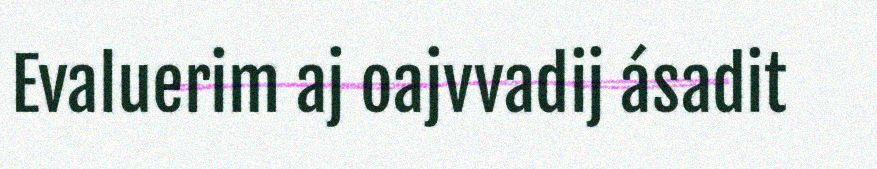
Evaluerim aj oajvvadij ásadit